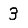
Digit: 3